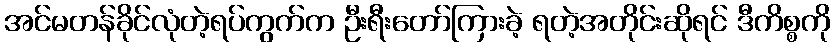
အင်မတန်ခိုင်လုံတဲ့ရပ်ကွက်က ဦးရီးတော်ကြားခဲ့ ရတဲ့အတိုင်းဆိုရင် ဒီကိစ္စကို